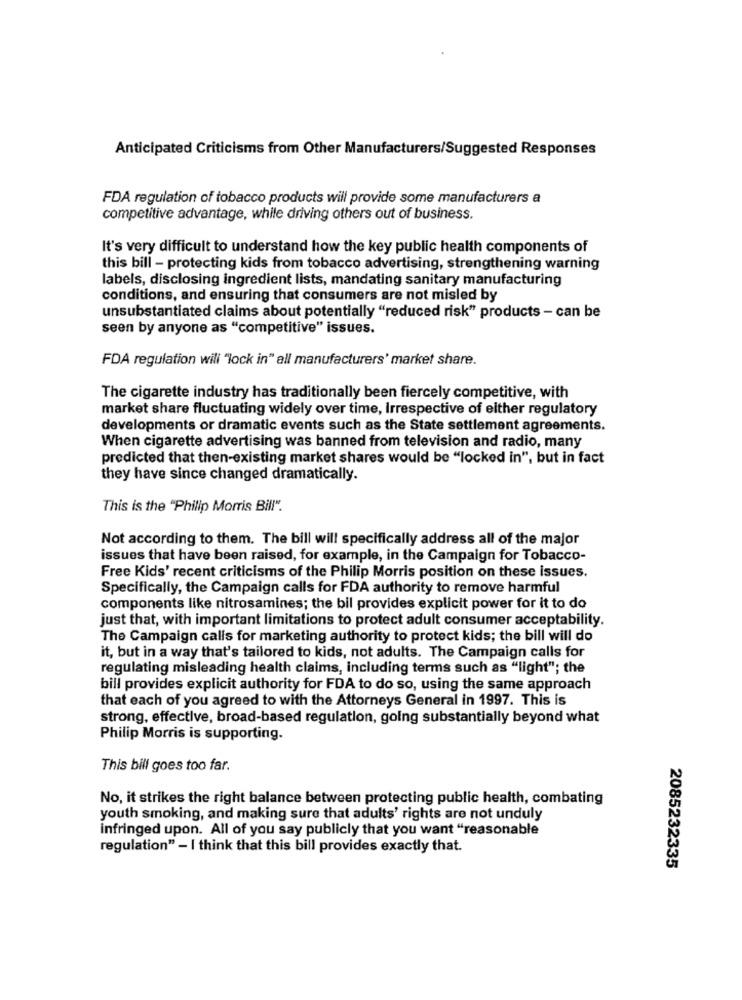
Anticipated Criticisms from Other Manufacturers/Suggested Responses
FDA regulation of tobacco products will provide some manufacturers a
competitive advantage, while driving others out of business.
It's very difficult to understand how the key public health components of
this bill - protecting kids from tobacco advertising, strengthening warning
labels, disclosing ingredient lists, mandating sanitary manufacturing
conditions, and ensuring that consumers are not misled by
unsubstantiated claims about potentially "reduced risk" products - can be
seen by anyone as "competitive" issues.
FDA regulation will "lock in" all manufacturers' market share.
The cigarette industry has traditionally been fiercely competitive, with
market share fluctuating widely over time, Irrespective of either regulatory
developments or dramatic events such as the State settlement agreements.
When cigarette advertising was banned from television and radio, many
predicted that then-existing market shares would be "locked in", but in fact
they have since changed dramatically.
This is the "Philip Morris Bill".
Not according to them. The bill will specifically address all of the major
issues that have been raised, for example, in the Campaign for Tobacco-
Free Kids' recent criticisms of the Philip Morris position on these issues.
Specifically, the Campaign calls for FDA authority to remove harmful
components like nitrosamines; the bil provides explicit power for it to do
just that, with important limitations to protect adult consumer acceptability.
The Campaign calls for marketing authority to protect kids; the bill will do
it, but in a way that's tailored to kids, not adults. The Campaign calls for
regulating misleading health claims, including terms such as "light"; the
bill provides explicit authority for FDA to do so, using the same approach
that each of you agreed to with the Attorneys General in 1997. This is
strong, effective, broad-based regulation, going substantially beyond what
Philip Morris is supporting.
This bill goes too far.
No, it strikes the right balance between protecting public health, combating
youth smoking, and making sure that adults' rights are not unduly
infringed upon. All of you say publicly that you want "reasonable
regulation" - I think that this bill provides exactly that.
2085232335